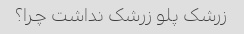
زرشک پلو زرشک نداشت چرا؟